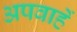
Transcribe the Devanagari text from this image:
अपवाहें